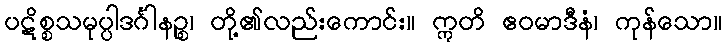
ပဋိစ္စသမုပ္ပါဒင်္ဂါနဉ္စ၊ တို့၏လည်းကောင်း။ ဣတိ ဧဝမာဒီနံ၊ ကုန်သော။